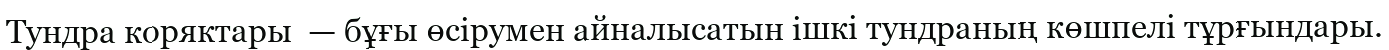
Тундра коряктары  — бұғы өсірумен айналысатын ішкі тундраның көшпелі тұрғындары.